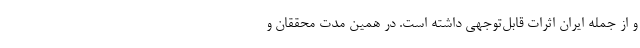
و از جمله ایران اثرات قابل‌توجهی داشته است. در همین مدت محققان و